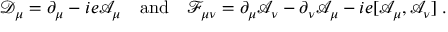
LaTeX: \mathcal { D } _ { \mu } = \partial _ { \mu } - i e \mathcal { A } _ { \mu } \quad \mathrm { a n d } \quad \mathcal { F } _ { \mu \nu } = \partial _ { \mu } \mathcal { A } _ { \nu } - \partial _ { \nu } \mathcal { A } _ { \mu } - i e [ \mathcal { A } _ { \mu } , \mathcal { A } _ { \nu } ] \; .